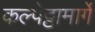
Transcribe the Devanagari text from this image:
कल्पेट्टामार्गे